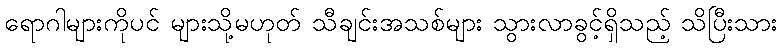
ရောဂါများကိုပင် များသို့မဟုတ် သီချင်းအသစ်များ သွားလာခွင့်ရှိသည့် သိပြီးသား